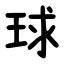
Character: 球